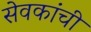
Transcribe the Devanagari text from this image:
सेवकांची